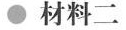
材料二